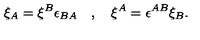
\xi _ { A } = \xi ^ { B } \epsilon _ { B A } \quad , \quad \xi ^ { A } = \epsilon ^ { A B } \xi _ { B } .